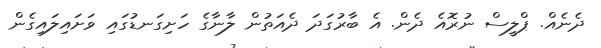
ދެނެއް. ޕްލީސް ނުރޮއެ ދެން. އެ ބާރުގަދަ ދެއަތުން ލާނާގެ ހަށިގަނޑުގައި ވަށައިލައިގެން